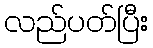
လည်ပတ်ပြီး